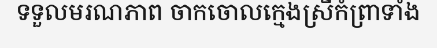
ទទួលមរណភាព ចាកចោលក្មេងស្រីកំព្រាទាំង